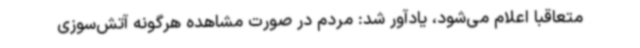
متعاقبا اعلام می‌شود، یادآور شد: مردم در صورت مشاهده هرگونه آتش‌سوزی